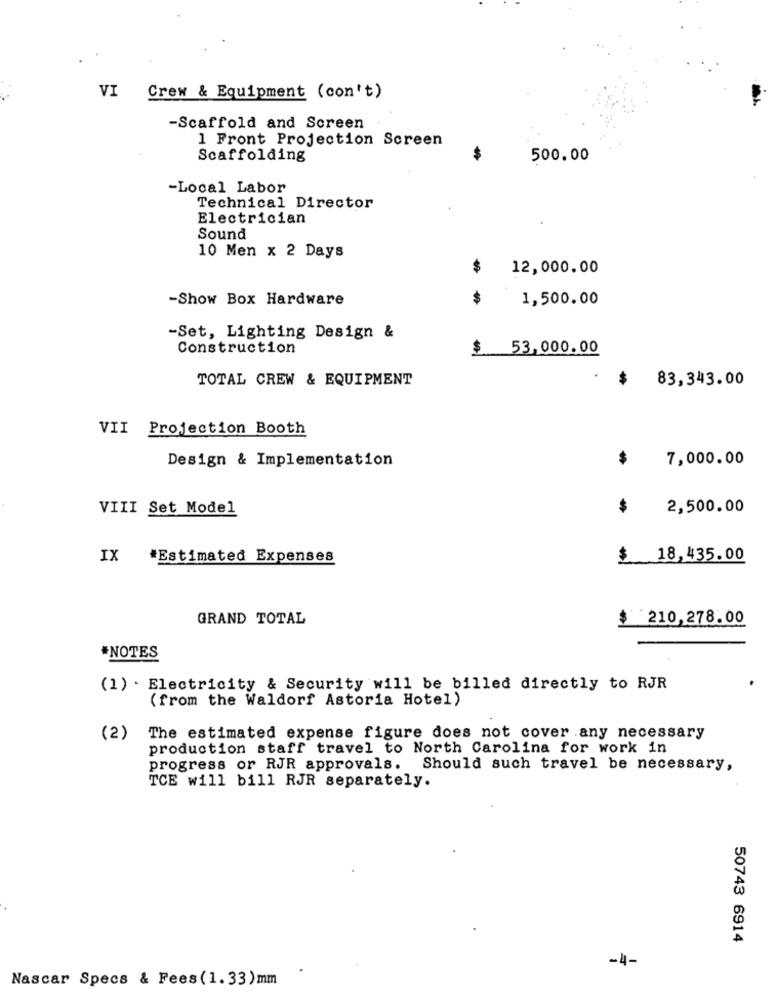
VI
Crew & Equipment (con't)
-Scaffold and Screen
1 Front Projection Screen
Scaffolding
$
500.00
-Local Labor
Technical Director
Electrician
Sound
10 Men x 2 Days
$
12,000.00
-Show Box Hardware
1,500.00
-Set, Lighting Design &
Construction
$
53,000.00
TOTAL CREW & EQUIPMENT
$
83,343.00
VII Projection Booth
Design & Implementation
$
7,000.00
VIII Set Model
$
2,500.00
IX
*Estimated Expenses
$ 18,435.00
GRAND TOTAL
$ 210,278.00
*NOTES
(1) . Electricity & Security will be billed directly to RJR
(from the Waldorf Astoria Hotel)
(2)
The estimated expense figure does not cover any necessary
production staff travel to North Carolina for work in
progress or RJR approvals. Should such travel be necessary,
TCE will bill RJR separately.
50743 6914
-4-
Nascar Specs & Fees(1.33)mm